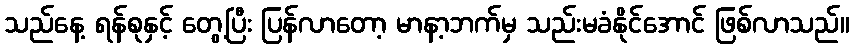
သည်နေ့ ရန်စုနှင့် တွေ့ပြီး ပြန်လာတော့ မာနာ့ဘက်မှ သည်းမခံနိုင်အောင် ဖြစ်လာသည်။